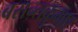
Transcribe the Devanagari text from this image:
बसन्तकुमार